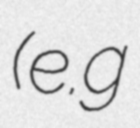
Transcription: (e.g